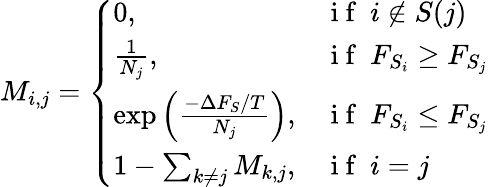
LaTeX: M_{i,j}=\left\{ \begin{array}{ll}{0,}&{\mathrm{~i~f~}\ i\notin S(j)}\\ {\frac{1}{N_{j}},}&{\mathrm{~i~f~}\ F_{S_{i}}\ge F_{S_{j}}}\\ {\exp{\left(\frac{-\Delta F_{S}/T}{N_{j}}\right)},}&{\mathrm{~i~f~}\ F_{S_{i}}\le F_{S_{j}}}\\ {1-\sum_{k\ne j}M_{k,j},}&{\mathrm{~i~f~}\ i=j}\end{array}\right.